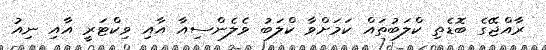
ރާއްޖޭގެ ބޮޑެތި ކްލަބުތައް ކަމަށްވާ ކްލަބު ވެލެންސިއާ އާއި ވިކްޓަރީ އާއި ނިއު